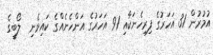
އުމުރުން 31 އަހަރުގެ ފިރިހެނަކާއި 91 އަހަރުގެ އަންހެނެއްގެ ކައިވެނި  ލޯބީގެ